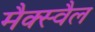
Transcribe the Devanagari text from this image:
मैक्स्वैल